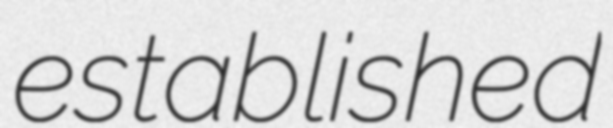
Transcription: established